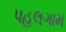
પહલગામ